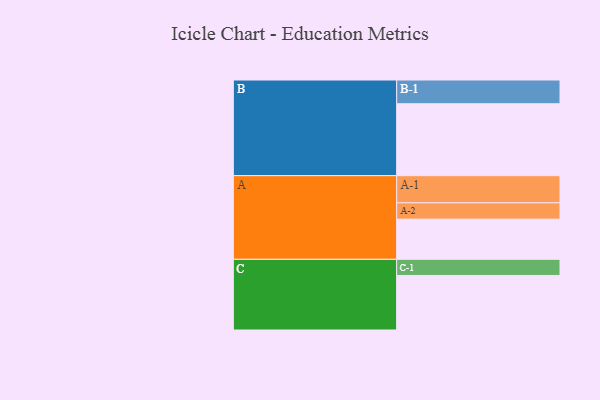
{"axis": {"x": "Segment", "y": "Value"}, "legend": ["", "A", "B", "C"], "data": [{"x": "A", "y": 331, "type": ""}, {"x": "B", "y": 593, "type": ""}, {"x": "C", "y": 450, "type": ""}, {"x": "A-1", "y": 224, "type": "A"}, {"x": "A-2", "y": 135, "type": "A"}, {"x": "B-1", "y": 196, "type": "B"}, {"x": "C-1", "y": 133, "type": "C"}]}